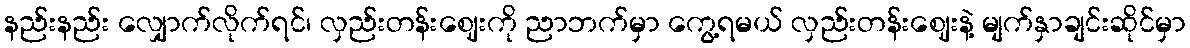
နည်းနည်း လျှောက်လိုက်ရင်၊ လှည်းတန်းဈေးကို ညာဘက်မှာ ကွေ့ရမယ် လှည်းတန်းဈေးနဲ့ မျက်နှာချင်းဆိုင်မှာ